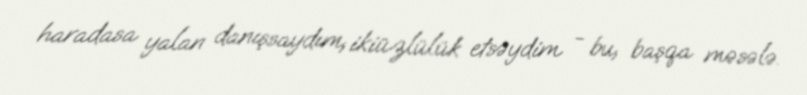
haradasa yalan danışsaydım, ikiüzlülük etsəydim - bu, başqa məsələ.